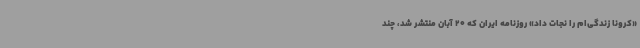
«کرونا زندگی‌ام را نجات داد» روزنامه ایران که 20 آبان منتشر شد، چند